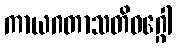
ကာယဂတာသတိဝဂ္ဂေါ